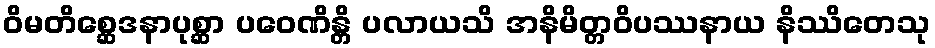
ဝိမတိစ္ဆေဒနာပုစ္ဆာ ပဝေဏိန္တိ ပလာယသိ အနိမိတ္တဝိပဿနာယ နိဿိတေသု